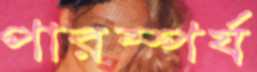
পারম্পর্য